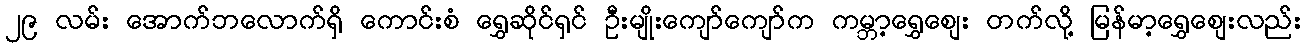
၂၉ လမ်း အောက်ဘလောက်ရှိ ကောင်းစံ ရွှေဆိုင်ရှင် ဦးမျိုးကျော်ကျော်က ကမ္ဘာ့ရွှေစျေး တက်လို့ မြန်မာ့ရွှေစျေးလည်း